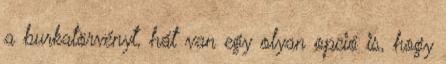
a burkatörvényt, hát van egy olyan opció is, hogy